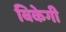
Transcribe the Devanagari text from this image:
बिकेगी